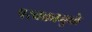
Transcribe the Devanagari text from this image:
परचक्रामुळे